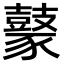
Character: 𪔟